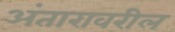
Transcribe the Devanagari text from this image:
अंतारावरील